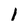
Character: 1